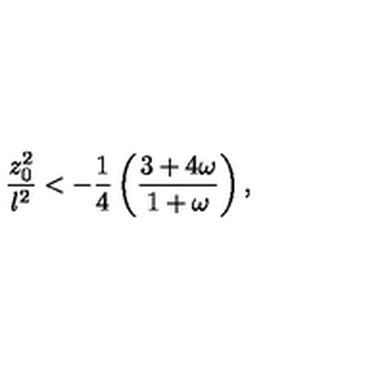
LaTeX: { \frac { z _ { 0 } ^ { 2 } } { l ^ { 2 } } } < - { \frac { 1 } { 4 } } \left( { \frac { 3 + 4 \omega } { 1 + \omega } } \right) ,